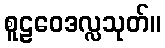
စူဠဝေဒလ္လသုတ်။